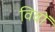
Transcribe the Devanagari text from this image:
विवों